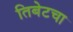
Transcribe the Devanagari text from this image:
तिबेटचा